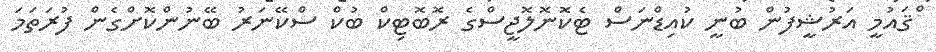
ްްޤައުމީ އަރުޝީފުން ބުނީ ކުއިޑްނަސް ޓެކޮނޮލޮޖީސްގެ ރޮބޮޓިކް ބުކް ސްކޭނަރު ބޭނުންކޮށްގެން ފުރަތަމަ